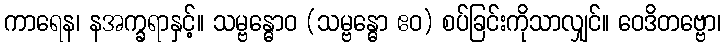
ကာရေန၊ နအက္ခရာနှင့်။ သမ္ဗန္ဓောဝ (သမ္ဗန္ဓော ဧဝ) စပ်ခြင်းကိုသာလျှင်။ ဝေဒိတဗ္ဗော၊